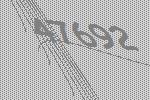
47692